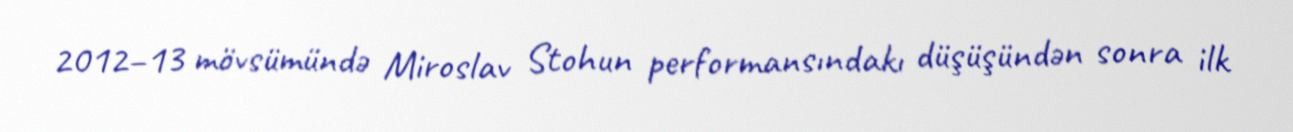
2012–13 mövsümündə Miroslav Stohun performansındakı düşüşündən sonra ilk